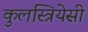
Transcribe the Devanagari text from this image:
कुलस्त्रियेसी